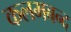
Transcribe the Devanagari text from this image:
कलमबन्द